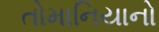
તોમાનિયાનો